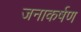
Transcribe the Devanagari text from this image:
जनाकर्षण